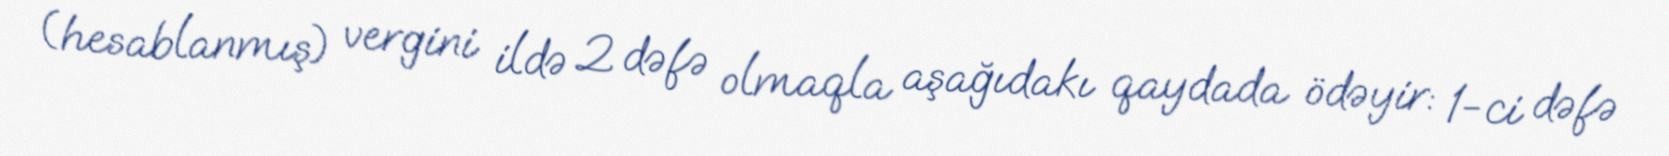
(hesablanmış) vergini ildə 2 dəfə olmaqla aşağıdakı qaydada ödəyir: 1-ci dəfə